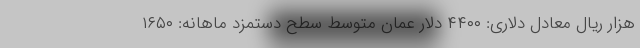
هزار ریال معادل دلاری: ۴۴۰۰ دلار عمان متوسط سطح دستمزد ماهانه: ۱۶۵۰